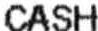
CASH